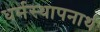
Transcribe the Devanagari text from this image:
धर्मस्थापनार्थ